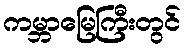
ကမ္ဘာမြေကြီးတွင်